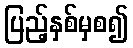
ပြည့်နှစ်မှစ၍